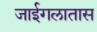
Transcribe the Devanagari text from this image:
जाईगलातास